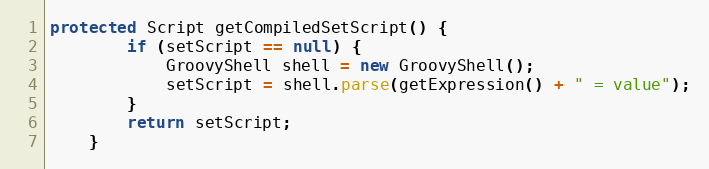
Language: Java
protected Script getCompiledSetScript() {
        if (setScript == null) {
            GroovyShell shell = new GroovyShell();
            setScript = shell.parse(getExpression() + " = value");
        }
        return setScript;
    }